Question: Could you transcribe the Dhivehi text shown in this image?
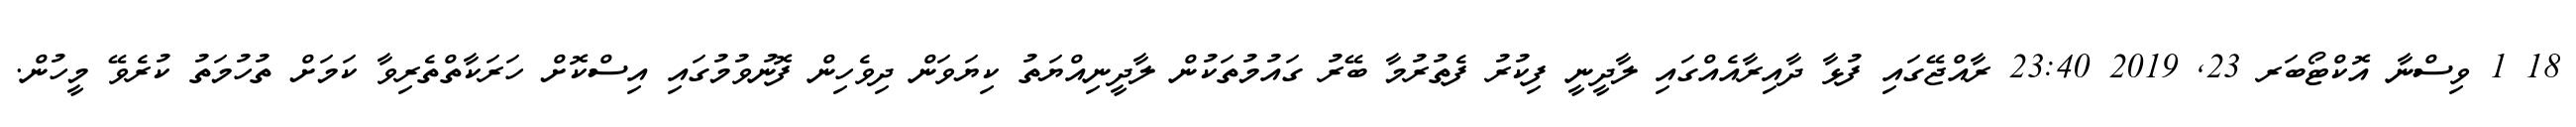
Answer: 18 1 ވިސްނާ އޮކްޓޯބަރ 23, 2019 23:40 ރާއްޖޭގައި ފުޅާ ދާއިރާއެއްގައި ލާދީނީ ފިކުރު ފެތުރުމާ ބޭރު ގައުމުތަކުން ލާދީނިއްޔަތު ކިޔަވަން ދިވެހިން ފޮނުވުމުގައި އިސްކޮށް ހަރަކާތްތެރިވާ ކަމަށް ތުހުމަތު ކުރެވޭ މީހުން.